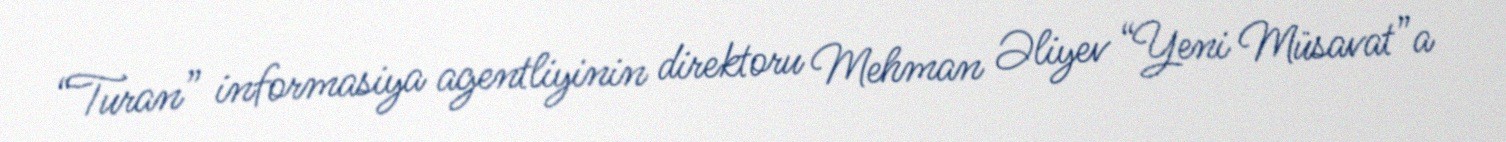
“Turan” informasiya agentliyinin direktoru Mehman Əliyev “Yeni Müsavat”a